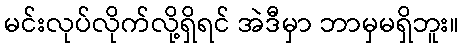
မင်းလုပ်လိုက်လို့ရှိရင် အဲဒီမှာ ဘာမှမရှိဘူး။